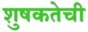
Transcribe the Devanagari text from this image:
शुषकतेची